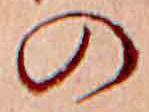
の